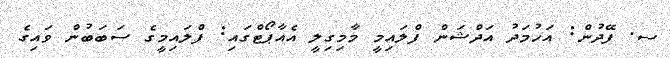
ސ. ފޭދުން: އަހުމަދު އަދްޝަން ފްލައިމީ މާމިގިލީ އެއާޕޯޓްގައި: ފްލައިމީގެ ސަބަބުން ވައިގެ